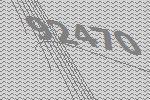
92470